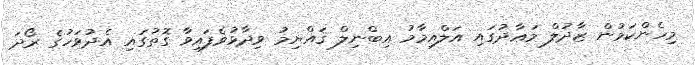
މިހެންކަމުން ޒާދުލް މަޢާދުގައި އަލްއިމާމު އިބްނިލް ޤައްޔިމު ވިދާޅުވެފައިވާ ގޮތުގައި އެދުވަހުގެ ރޯދަ